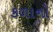
કળાનો